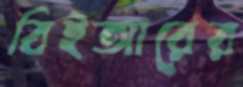
বিইআরের